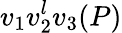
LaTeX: v_{1}v_{2}^{l}v_{3}(P)